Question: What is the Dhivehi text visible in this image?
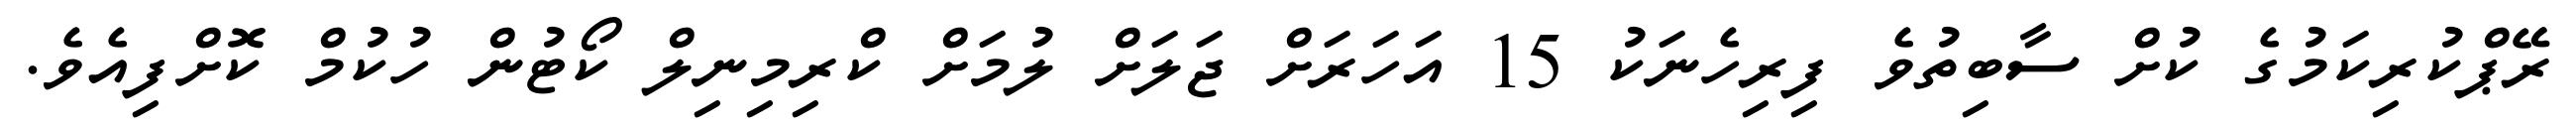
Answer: ރޭޕްކުރިކަމުގެ ކުށް ސާބިތުވެ ފިރިހެނަކު 15 އަހަރަށް ޖަލަށް ލުމަށް ކްރިމިނިލް ކޯޓުން ހުކުމް ކޮށްފިއެވެ.